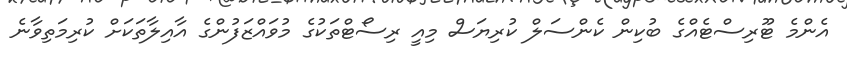
އެންމެ ޓޫރިސްޓެއްގެ ބުކިން ކެންސަލް ކުރިޔަސް މިއީ ރިސޯޓްތަކުގެ މުވައްޒަފުންގެ އާއިލާތަކަށް ކުރިމަތިވާނެ